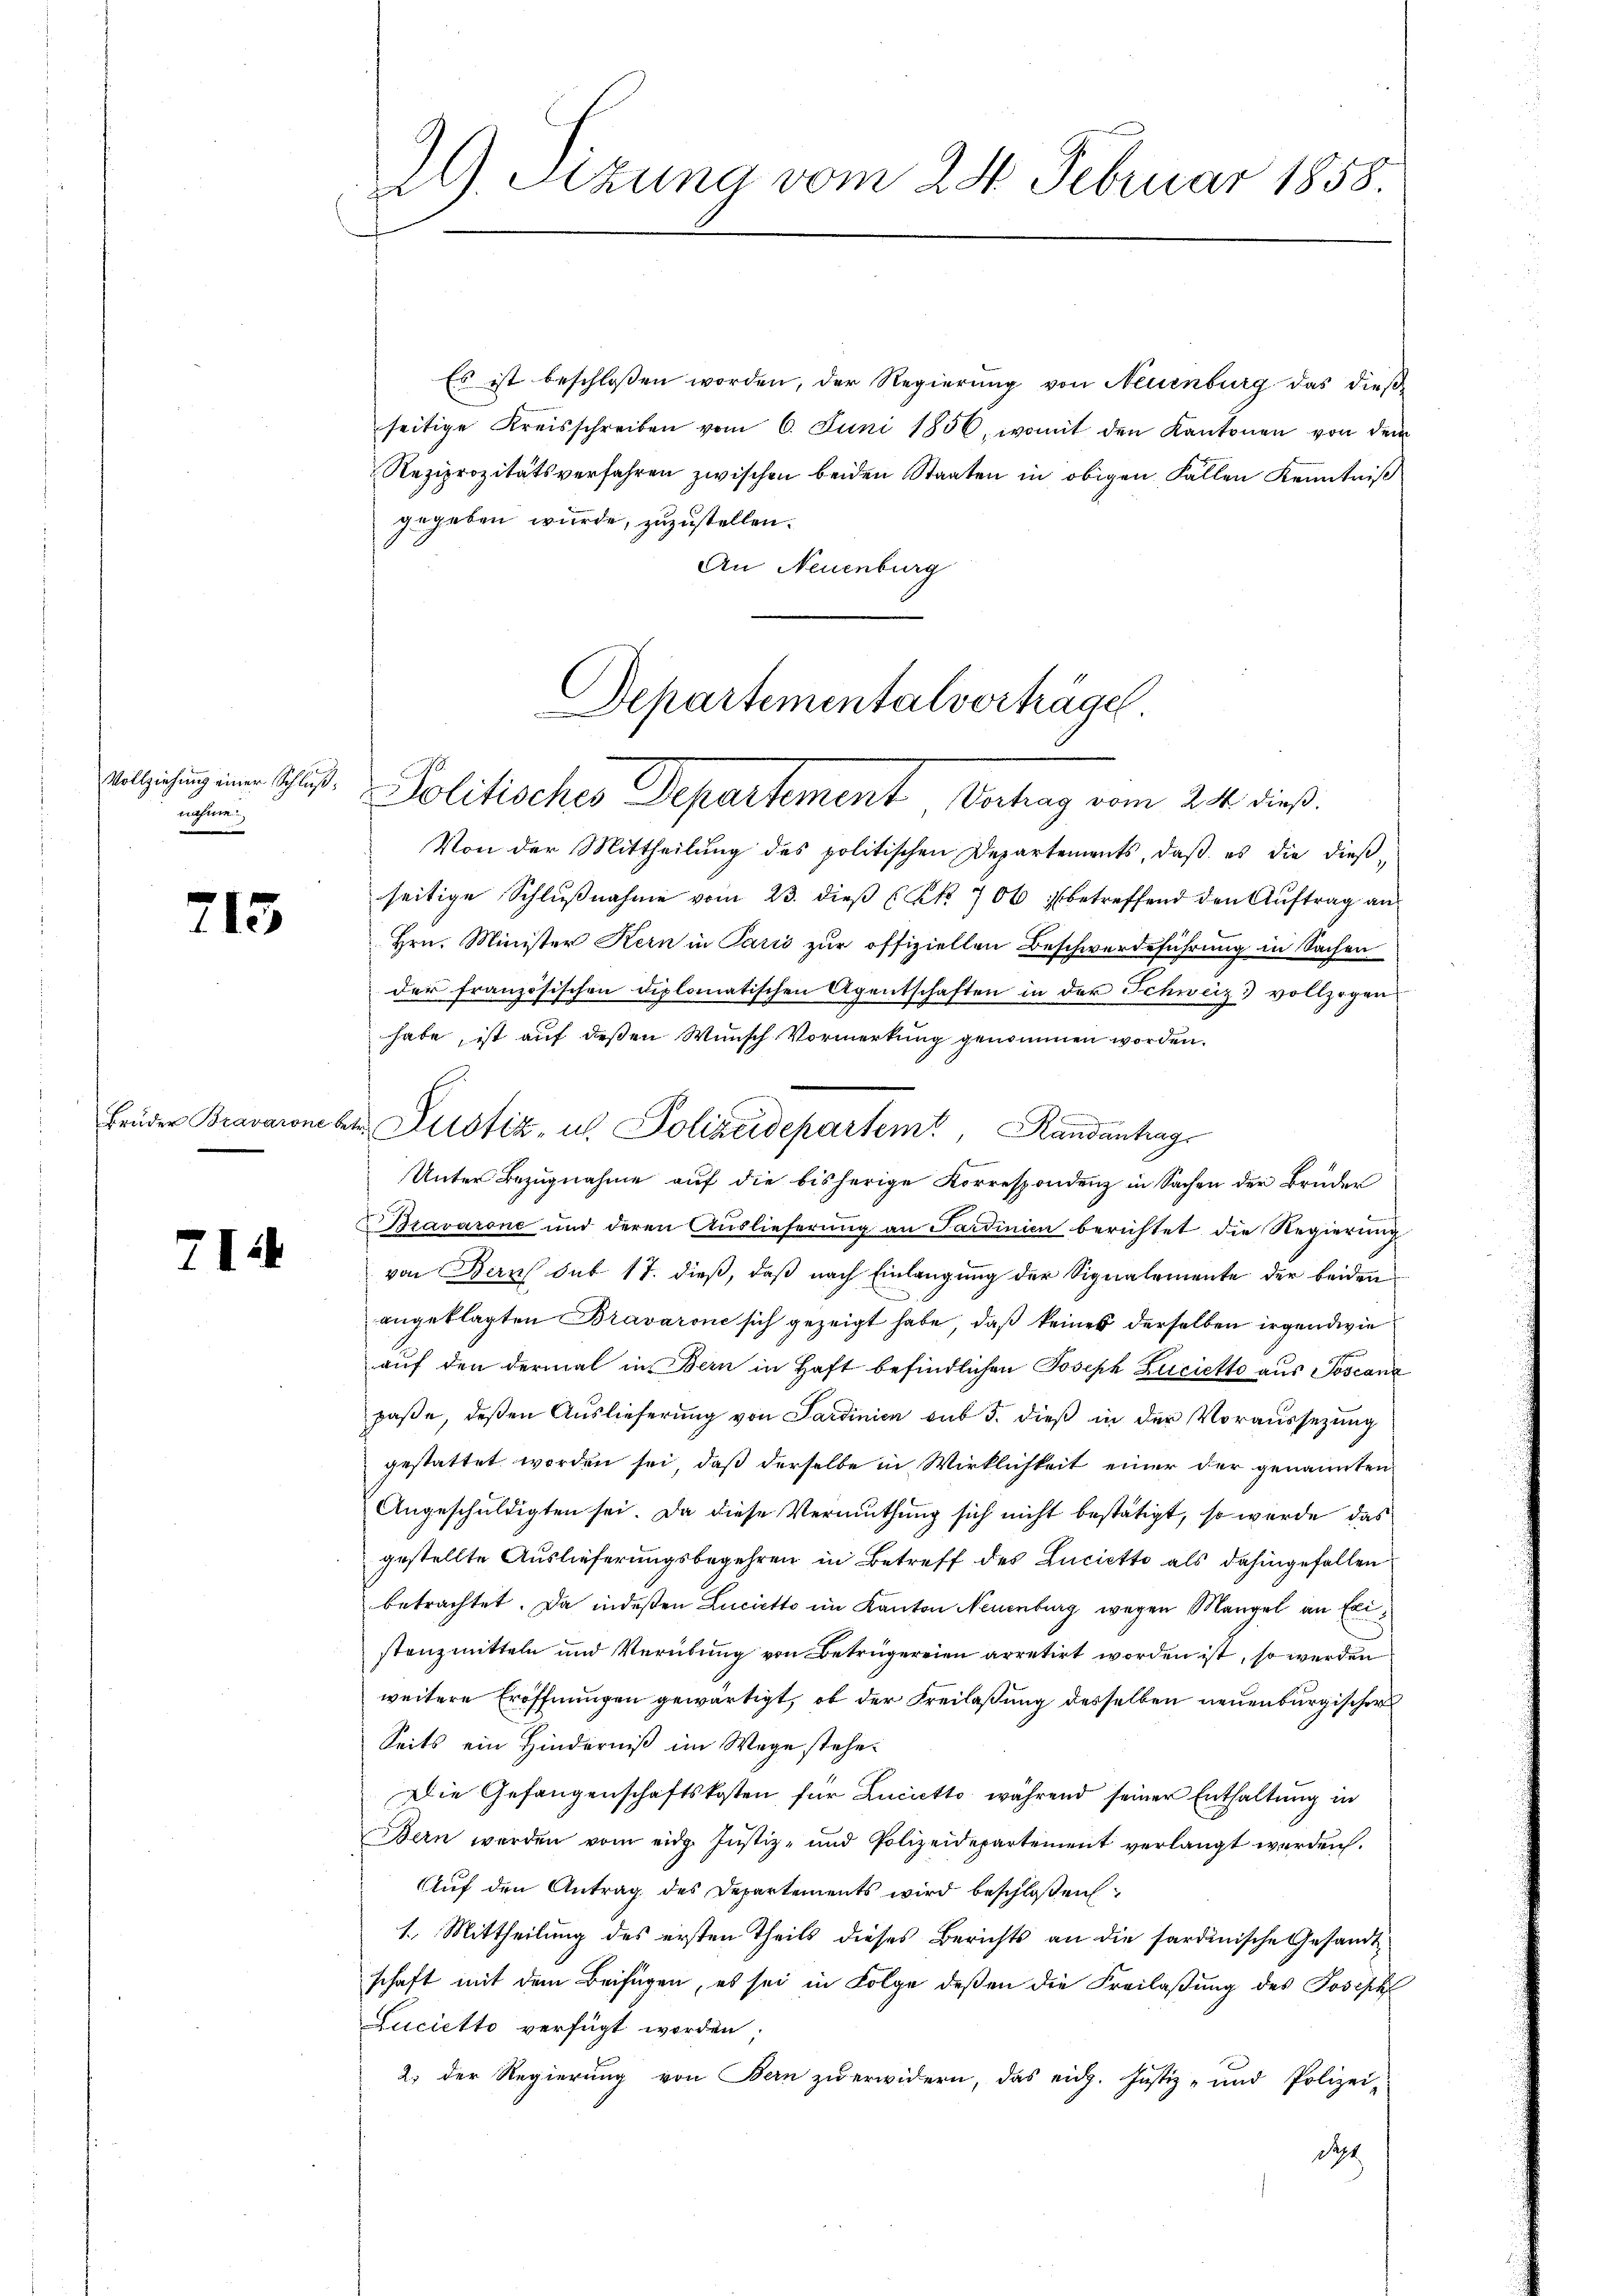
Vollziehung einer Schluß:
nahme

713.

Brüder Bravarone bet

714

l
J. Sitzung vom 24. Februar 1858.

Es ist beschlossen worden, der Regierŭng von Neuenburg das dieβ-
seitige Kreisschreiben vom 6. Juni 1856, womit den Kantonen von dem
Reziprozitätsverfahren zwischen beiden Staaten in obigen Fällen Kenntniß
gegeben würde, zuzustellen.
An Neuenburg

Departementalverträge
Politischer Departement Antrag vom 21. dieß.

Von der Mittheilŭng des politischen Departements, daβ es die dießseitige Schlußnahme vom 23. dieß (Kk. 706 betreffend den Auftrag an
Hrn. Minister Kern in Parić zur offiziellen Beschwerdeführung in Sachen
der französischen Diplomatischen Agentschaften in der Schweiz vollzogen
habe, ist auf deßen Wunsch Vormerkung genommen worden.
Unter Bezugnahme auf die bisherige Korrespondenz in Sachen der Brüder
Bravarone und deren Auslieferung an Sardinien berichtet die Regierung
von Berns sub 17. dieß, daß nach Einlangung der Signalemente der beiden
angeklagten Bravarone sich gezeigt habe, daß keines derselben irgendwie
auf den dermal in Bern in Haft befindlichen Joseph Zucietto aus Soscanz
paße, deßen Auslieferung von Sardinien sub 5. dieß in der Voraussetzung
gestattet worden sei, daß derselbe in Wirklichkeit einer der genannten
Angeschuldigten sei. Da diese Vermuthung sich nicht bestätigt, so wurde das
gestellte Auslieferungsbegehren in Betreff des Luciette als dahingefallen
betrachtet. Da indeßen Lucietto im Kanton Neuenburg wegen Mangel an Eristenzmitteln und Verübung von Betrügereien arretirt worden ist, so werden
weitere Eröffnungen gewärtigt, ob der Freilaßung desselben neuenburgischer
Seits ein Hinderniß im Wege stehe¬
Die Gefangenschaftskosten für Lucietto während seiner Enthaltung in
Bern werden vom eidg. Jŭstiz- und Polizeidepartement verlangt werden.
Auf den Antrag des Departements wird beschloßen
1. Mittheilung des ersten Theils dieses Berichts an die sardinische Gesandtschaft mit dem Beifügen, es sei in Folge deßen die Freilaßung des Joseph
Lucietto verfügt worden;
2) der Regierung von Bern zu erwidern, das eidg. Justiz- und Polizei-
da

Justiz, u. Polizeidepartem Randentrag